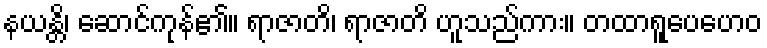
နယန္တိ၊ ဆောင်ကုန်၏။ ရာဇာတိ၊ ရာဇာတိ ဟူသည်ကား။ တထာရူပေဟေဝ